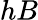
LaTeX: hB